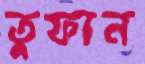
তুফান